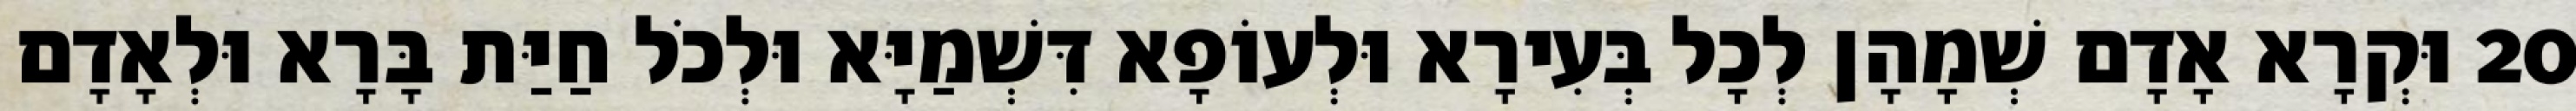
20 וּקְרָא אָדָם שְׁמָהָן לְכָל בְּעִירָא וּלְעוֹפָא דִּשְׁמַיָּא וּלְכֹל חַיַּת בָּרָא וּלְאָדָם